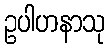
ဥပါဟနာသု